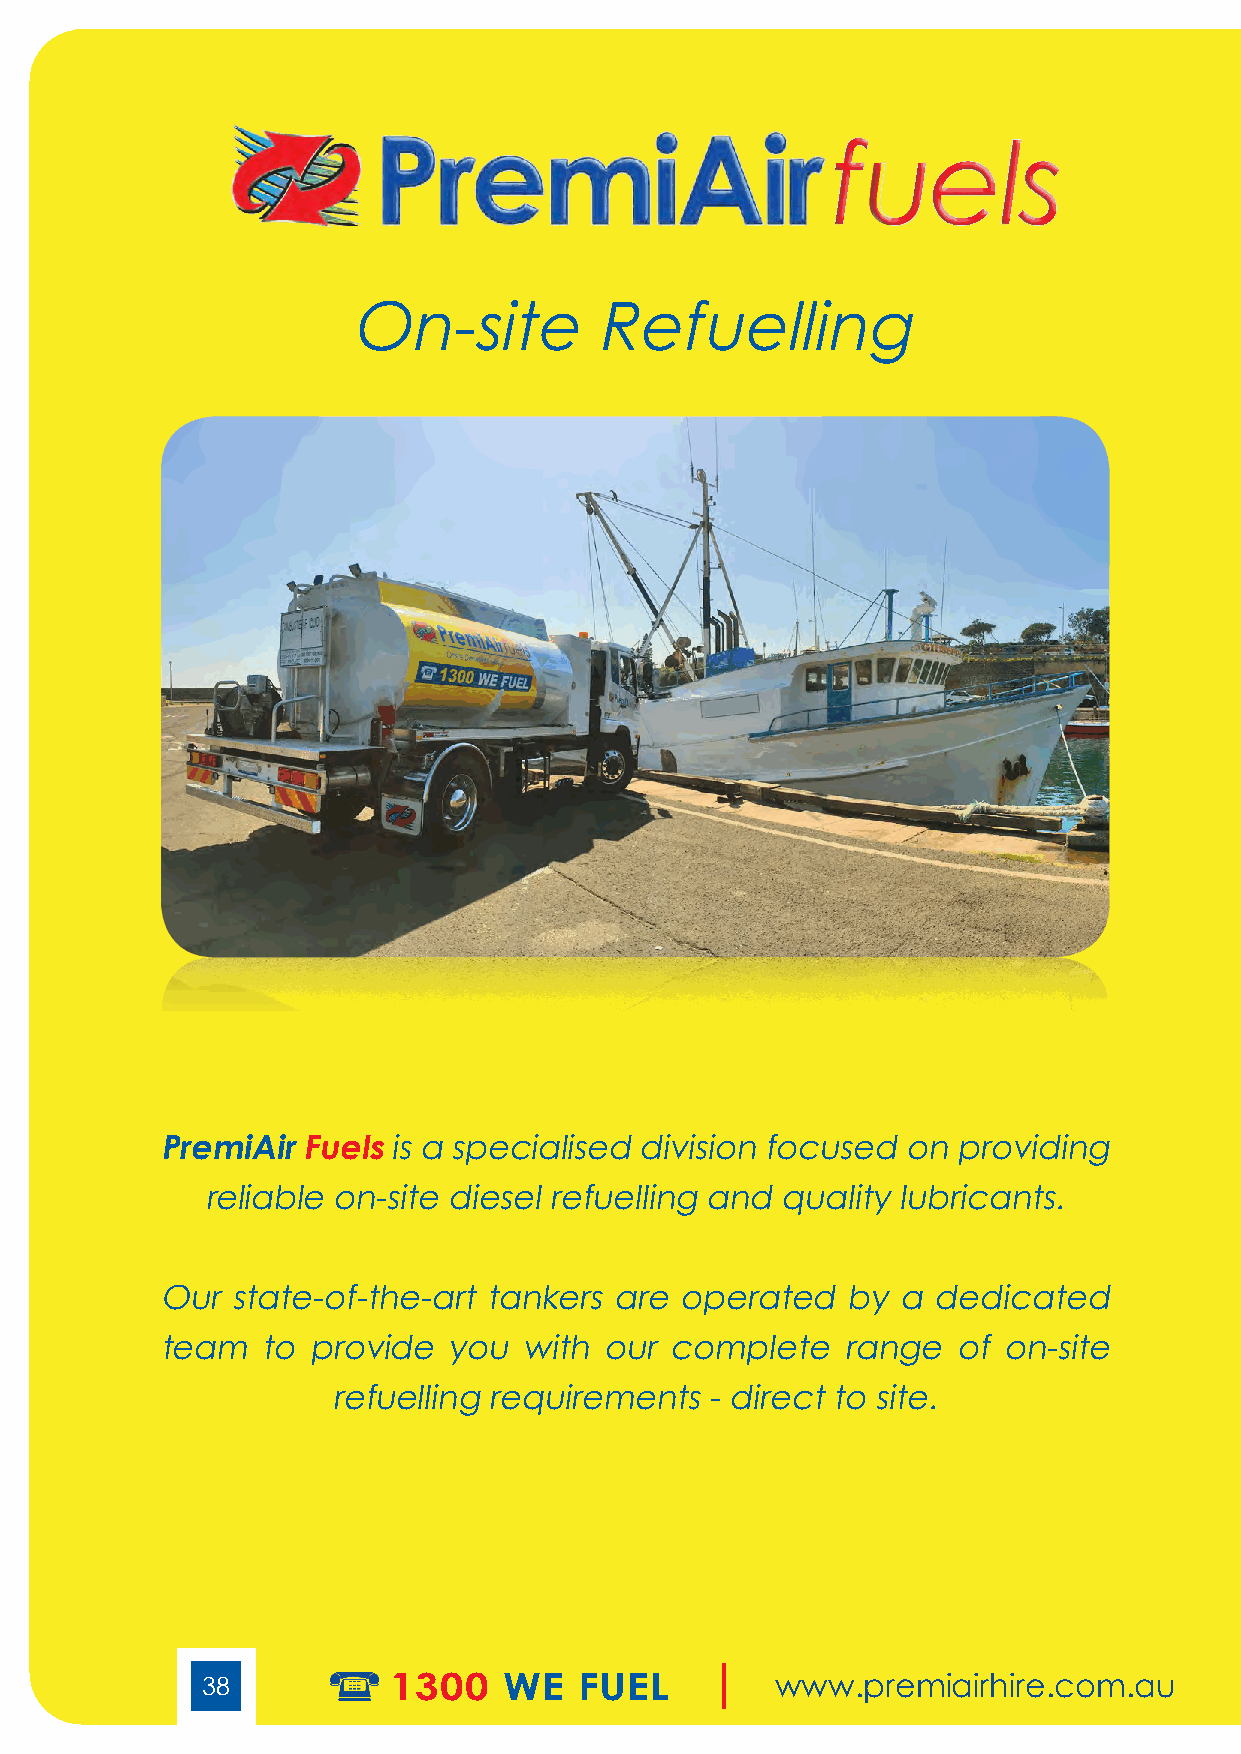
fuels
 On-site          R efuelling
 PremiAir Fuels is a specialised division focused on providing
 reliable on-site diesel refuelling and quality lubricants.
 Our state-of-the-art tankers  are operated   by a  dedicated
 team  to provide   you  with our complete    range  of on-site
 refuelling requirements  - direct to site.
 38           1300   WE   FUEL         www.premiairhire.com.au